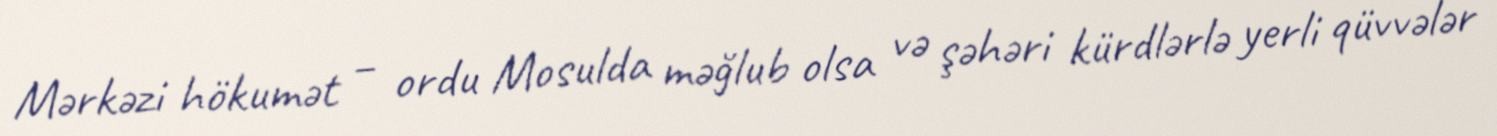
Mərkəzi hökumət – ordu Mosulda məğlub olsa və şəhəri kürdlərlə yerli qüvvələr